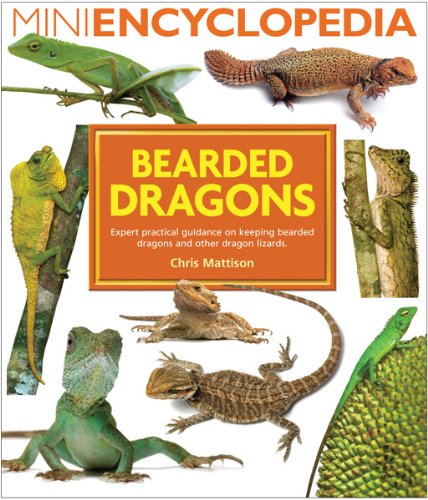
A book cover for Bearded Dragons (Mini Encyclopedia Series); Chris Mattison; Crafts, Hobbies & Home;